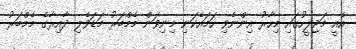
އެއީ މަޖިލީހުގައި މިހާރު އިންނެވި ހަމައެކަނި މިނިވަން މެމްބަރު މަޑަވެލި ދާއިރާގެ މެމްބަރު